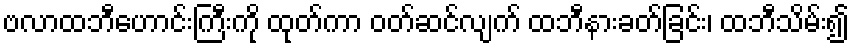
ဗလာထဘီဟောင်းကြီးကို ထုတ်ကာ ဝတ်ဆင်လျက် ထဘီနားခတ်ခြင်း၊ ထဘီသိမ်း၍